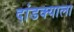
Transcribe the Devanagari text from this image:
दांडक्याला